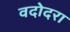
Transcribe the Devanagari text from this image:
वदोदरा